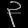
Digit: ၃